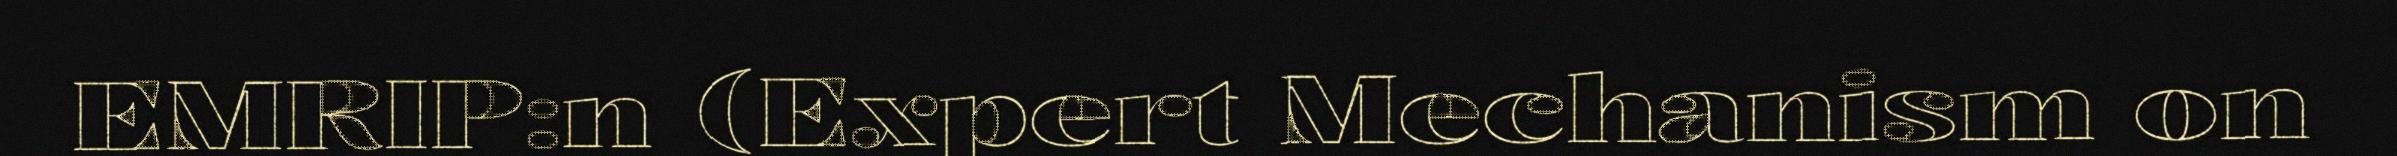
EMRIP:n (Expert Mechanism on